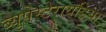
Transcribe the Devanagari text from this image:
ब्युपेस्टेरायडिया